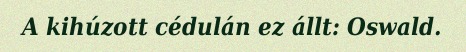
A kihúzott cédulán ez állt: Oswald.